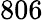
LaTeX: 806